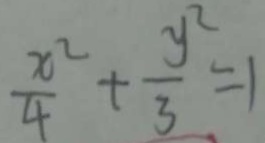
\frac { x ^ { 2 } } { 4 } + \frac { y ^ { 2 } } { 3 } = 1